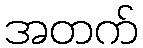
အတက်